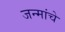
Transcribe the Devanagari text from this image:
जन्मांचे